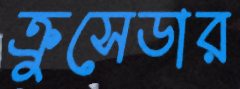
ক্রুসেডার